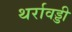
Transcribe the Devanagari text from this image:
थर्रावड्डी